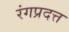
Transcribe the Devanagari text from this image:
रंगप्रदत्त